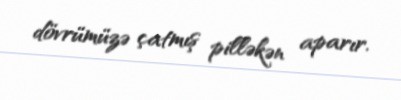
dövrümüzə çatmış pilləkən aparır.